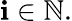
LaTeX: \mathbf{i}\in\mathbb{{N}}.